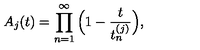
A _ { j } ( t ) = \prod _ { n = 1 } ^ { \infty } \Big ( 1 - \frac { t } { t _ { n } ^ { ( j ) } } \Big ) ,